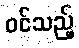
ဝင်သည့်